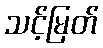
သင့်မြတ်